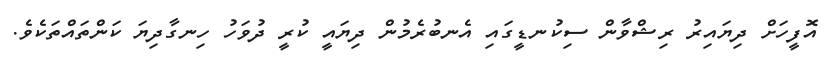
އޮފީހަށް ދިޔައިރު ރިޝްވާން ސިކުނޑީގައި އެނބުރެމުން ދިޔައީ ކުރީ ދުވަހު ހިނގާދިޔަ ކަންތައްތަކެވެ.